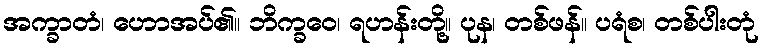
အက္ခာတံ၊ ဟောအပ်၏။ ဘိက္ခဝေ၊ ရဟန်းတို့။ ပုန၊ တစ်ဖန်။ ပရံစ၊ တစ်ပါးတုံ